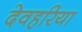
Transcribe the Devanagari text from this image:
देवहरिया